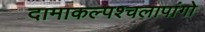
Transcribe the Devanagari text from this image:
दामाकल्पश्चलापांगो